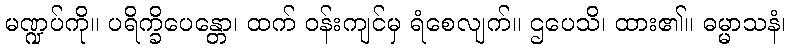
မဏ္ဍပ်ကို။ ပရိက္ခိပေန္တော၊ ထက် ဝန်းကျင်မှ ရံစေလျက်။ ဌပေသိ၊ ထား၏။ ဓမ္မာသနံ၊